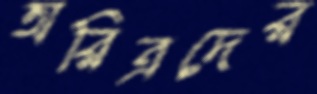
অরিত্রদের